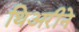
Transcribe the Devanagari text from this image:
थिअरीने